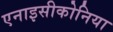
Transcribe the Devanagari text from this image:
एनाइसीकोनिया